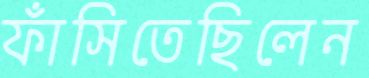
ফাঁসিতেছিলেন